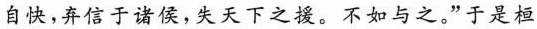
自快，弃信于诸侯，失天下之援。不如与之。”于是桓